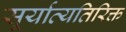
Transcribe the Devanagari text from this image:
सूर्याव्यतिरिक्त